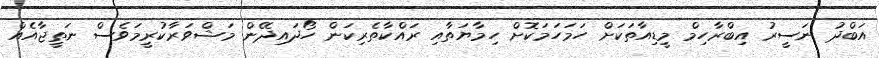
އަބްދު ނަސީރު އިބްރާހިމް މީޑިއާތަކަށް ހަމަހަމަކޮށް ހިމާޔަތާއި ރައްކާތެރިކަން ހޯދައިދޭން މަޝްވަރާކުރީމަވެސް ނަތީޖާއެއް